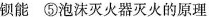
钡能 ⑤泡沫灭火器灭火的原理